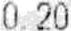
0.20